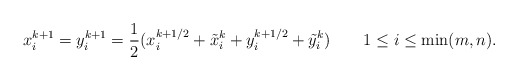
\begin{align*}x_i^{k+1} = y_i^{k+1} &= \frac{1}{2}(x_i^{k+1/2} + \tilde x_i^{k} + y_i^{k+1/2} + \tilde y_i^k) && 1 \leq i \leq \min(m,n).\end{align*}